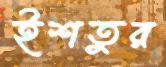
ইশতুর